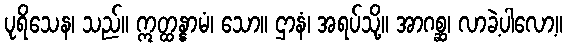
ပုရိသေန၊ သည်။ ဣတ္ထန္နာမံ၊ သော။ ဌာနံ၊ အရပ်သို့။ အာဂစ္ဆ၊ လာခဲ့ပါလော့။